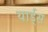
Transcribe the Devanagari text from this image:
यार्ड्‌स